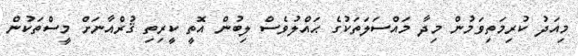
މިއަދު ކުރިމަތިވަމުން މިދާ މައްސަލަތަކުގެ ޙައްލުވެސް ލިބުން އޮތީ ކީރިތި ޤުރްއާނަށް މީސްތަކުން